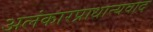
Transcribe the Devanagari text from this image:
अलंकारप्राधान्यवाद